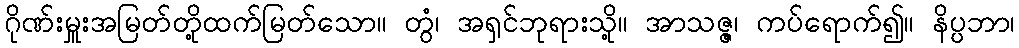
ဂိုဏ်းမှူးအမြတ်တို့ထက်မြတ်သော။ တွံ၊ အရှင်ဘုရားသို့။ အာသဇ္ဇ၊ ကပ်ရောက်၍။ နိပ္ပဘာ၊